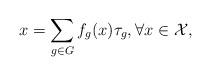
LaTeX: \begin{align*}x=\sum_{g\in G}f_g(x)\tau_g, \forall x\in \mathcal{X},\end{align*}